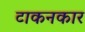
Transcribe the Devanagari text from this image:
टाकनकार